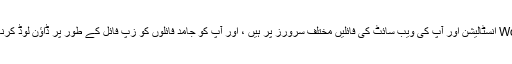
اس میں ایک اضافی اقدام شامل ہوگا WordPress انسٹالیشن اور آپ کی ویب سائٹ کی فائلیں مختلف سرورز پر ہیں ، اور آپ کو جامد فائلوں کو زپ فائل کے طور پر ڈاؤن لوڈ کرنا ہوگا اور انہیں اپنے سرور پر اپ لوڈ کرنا ہوگا۔